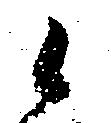
候